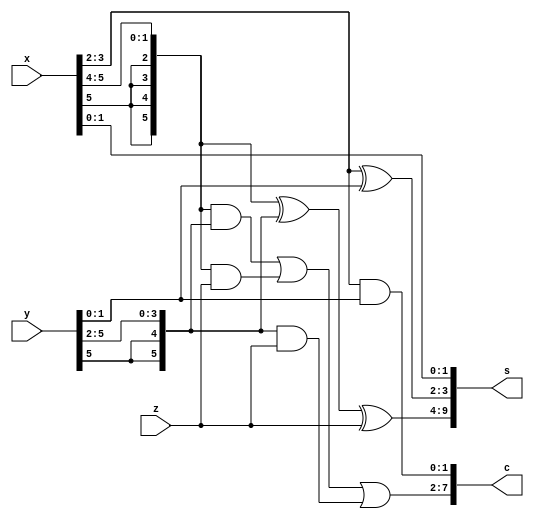
`timescale 1ns / 1ps
//////////////////////////////////////////////////////////////////////////////////
// Company: 
// Engineer: 
// 
// Design Name: 
// Module Name: compress_32_booth
// Project Name: 
// Target Devices: 
// Tool Versions: 
// Description: 
// 
// Dependencies: 
// 
// Revision:
// Revision 0.01 - File Created
// Additional Comments:
// 
//////////////////////////////////////////////////////////////////////////////////


module compress_32_1(x, y, z, s, c);
  parameter W = 6;
  input signed [W-1:0] x;
  input signed [W+1:2] y;
  input signed [W+3:4] z;
  output signed [W+3:0] s;
  output signed [W+4:3] c;
  
  wire [W+3:4] sX, sY;
  assign sX = {{4{x[W-1]}}, x[W-1:4]};
  assign sY = {{2{y[W+1]}}, y[W+1:4]};
  
  assign s[1:0] = x[1:0];
  assign s[3:2] = x[3:2] ^ y[3:2];
  assign c[4:3] = x[3:2] & y[3:2];
  assign s[W+3:4] = sX ^ sY ^ z;
  assign c[W+4:5] = (sX & sY) | (sX & z) | (sY & z);
endmodule